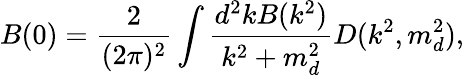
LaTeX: B(0)=\frac{2}{(2\pi)^{2}}\int\frac{d^{2}kB(k^{2})}{k^{2}+m_{d}^{2}}D(k^{2},m_{d}^{2}),